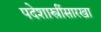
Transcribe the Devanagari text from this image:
पदेशास्त्रींसारखा